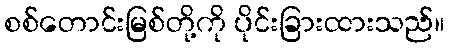
စစ်တောင်းမြစ်တို့ကို ပိုင်းခြားထားသည်။